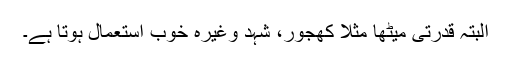
البتہ قدرتی میٹھا مثلا کھجور، شہد وغیرہ خوب استعمال ہوتا ہے۔